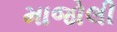
માજોલી